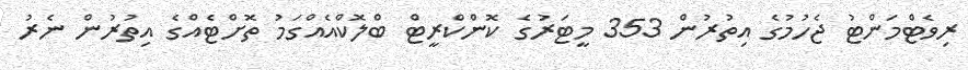
ރިވެޓްމަންޓު ޖެހުމުގެ އިތުރުން 353 މީޓަރުގެ ކޮންކްރީޓް ބްލޮކްއެއްގަމު ތޮށްޓެއްގެ އިތުރުން ނެރު